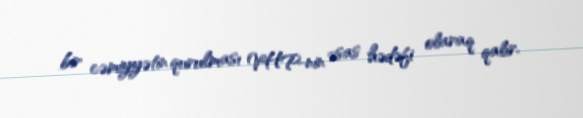
bir cəmiyyətin qurulması VHP-nin əsas hədəfi olaraq qalır.